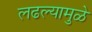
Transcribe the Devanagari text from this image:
लढल्यामुळे